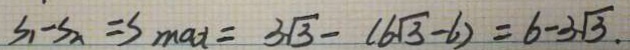
S _ { 1 } - S _ { 2 } = S _ { m a x } = 3 \sqrt { 3 } - ( 6 \sqrt { 3 } - 6 ) = 6 - 3 \sqrt { 3 } \cdot